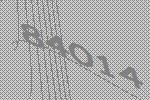
84014